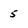
Character: 5